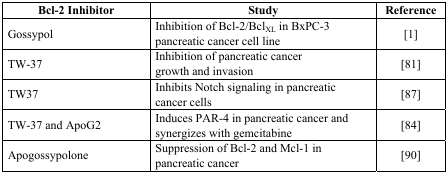
| Bcl-2 Inhibitor | Study | Reference |
 | --- | --- | --- |
 | Gossypol | Inhibition of Bcl-2/BclXL in BxPC-3 pancreatic cancer cell line | [1] |
 | TW-37 | Inhibition of pancreatic cancer growth and invasion | [81] |
 | TW37 | Inhibits Notch signaling in pancreatic cancer cells | [87] |
 | TW-37 and ApoG2 | Induces PAR-4 in pancreatic cancer and synergizes with gemcitabine | [84] |
 | Apogossypolone | Suppression of Bcl-2 and Mcl-1 in pancreatic cancer | [90] |